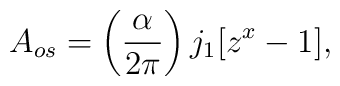
A_{os} = \left(\frac{\alpha}{2\pi}\right)j_1 [z^x-1],